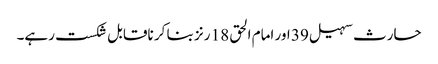
حارث سہیل 39 اور امام الحق 18 رنز بنا کر ناقابل شکست رہے۔